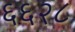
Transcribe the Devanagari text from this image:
६६२८